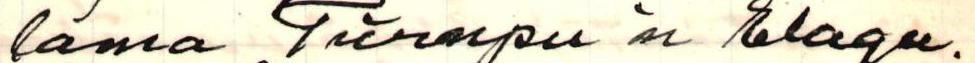
lama Türnpu'n Elagee.